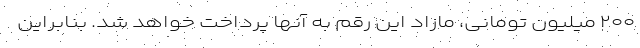
۲۰۰ میلیون تومانی، مازاد این رقم به آنها پرداخت خواهد شد. بنابراین